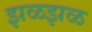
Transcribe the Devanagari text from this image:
झळझळ